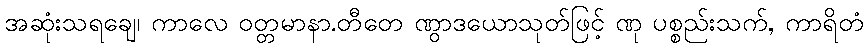
အဆုံးသရချေ၊ ကာလေ ဝတ္တမာနာ.တီတေ ဏွာဒယောသုတ်ဖြင့် ဏု ပစ္စည်းသက်, ကာရိတံ